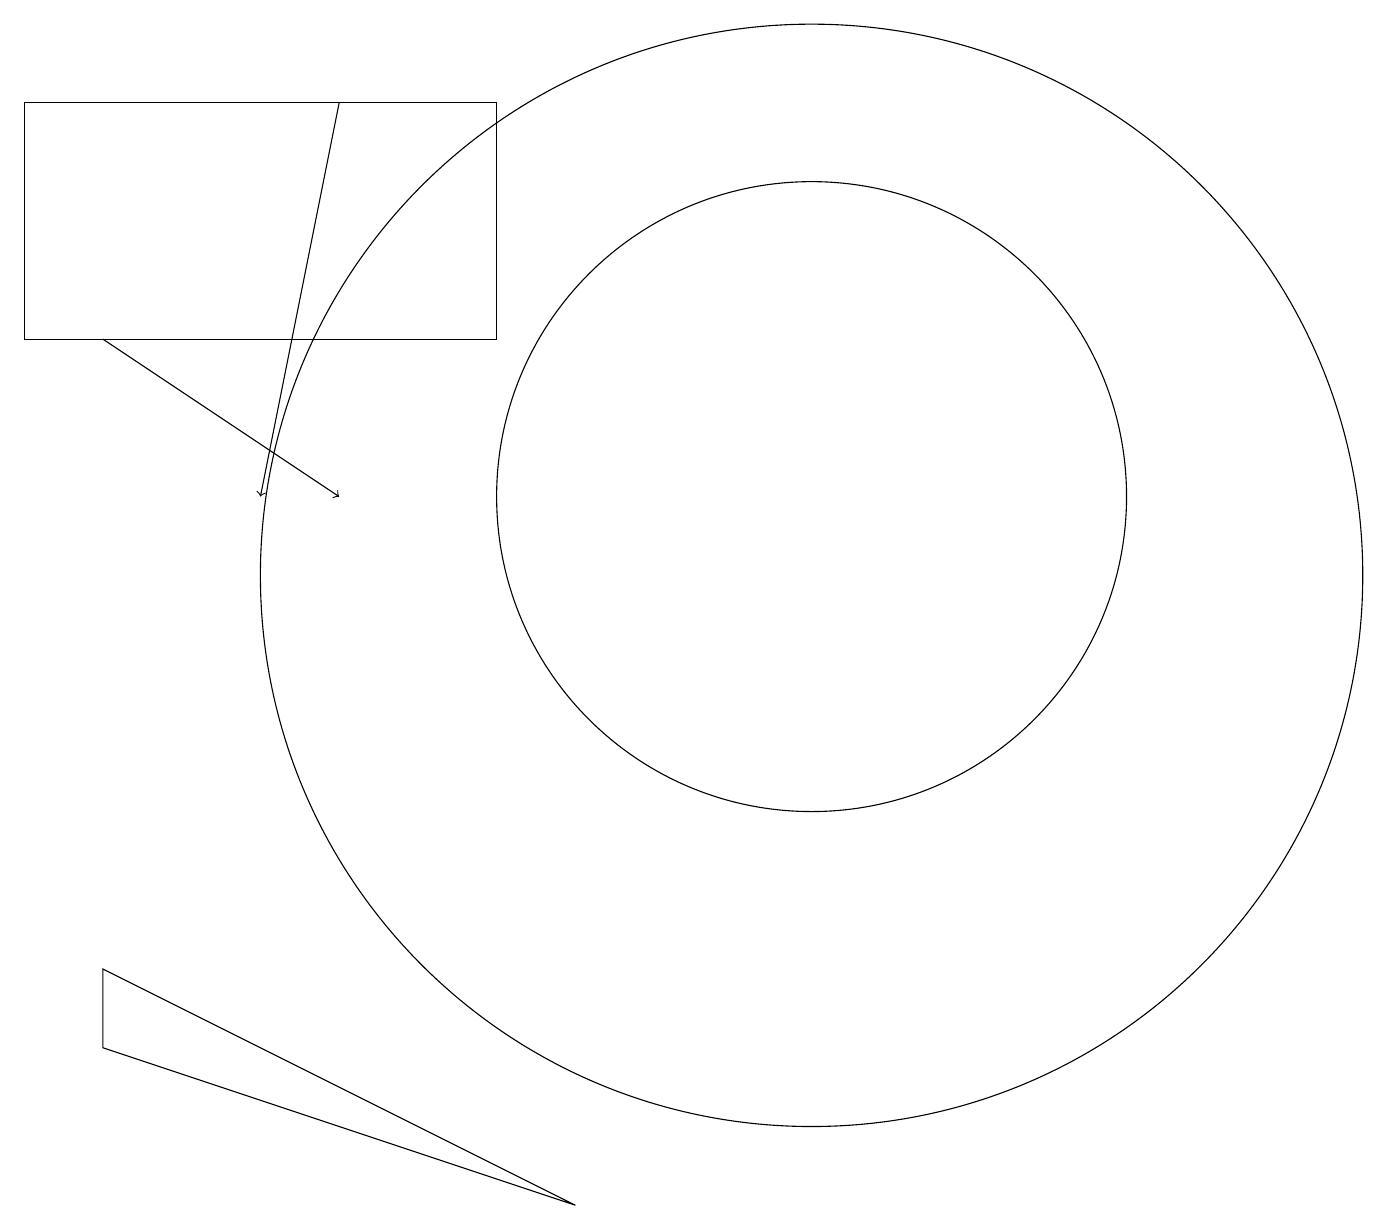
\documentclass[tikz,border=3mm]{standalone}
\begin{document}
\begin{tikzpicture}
\draw[->] (1,14) -- (4,12);
\draw (6,14) rectangle (0,17);
\draw (10,11) circle (7);
\draw (1,6) -- (7,3) -- (1,5) -- cycle;
\draw[->] (4,17) -- (3,12);
\draw (10,12) circle (4);
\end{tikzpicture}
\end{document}